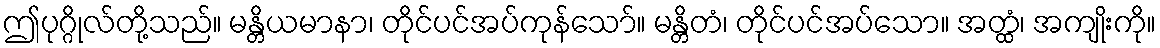
ဤပုဂ္ဂိုလ်တို့သည်။ မန္တိယမာနာ၊ တိုင်ပင်အပ်ကုန်သော်။ မန္တိတံ၊ တိုင်ပင်အပ်သော။ အတ္ထံ၊ အကျိုးကို။